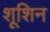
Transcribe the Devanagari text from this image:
शूशिन